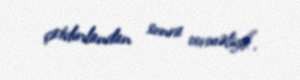
çatdırılandan sonra verməliyik".